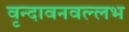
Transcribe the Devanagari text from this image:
वृन्दावनवल्लभ